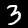
Digit: 3